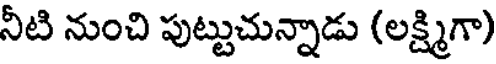
నీటి నుంచి పుట్టుచున్నాడు (లక్ష్మిగా)